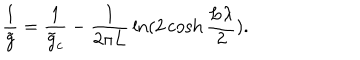
{ \frac { 1 } { \tilde { g } } } = { \frac { 1 } { \tilde { g } _ { c } } } - { \frac { 1 } { 2 \pi L } } \ln ( 2 \cosh { \frac { L \lambda } { 2 } } ) .